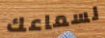
لسماعك